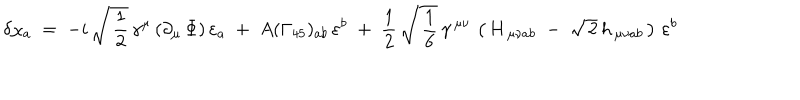
\delta \chi _ { a } \; = \; - i \, \sqrt { \, \frac { 1 } { 2 } } \, \gamma ^ { \mu } \, ( \partial _ { \mu } \, \Phi ) \, \varepsilon _ { a } \; + \; A ( \Gamma _ { 4 5 } ) _ { a b } \, \varepsilon ^ { b } \; + \; \frac { 1 } { 2 } \, \sqrt { \, \frac { 1 } { 6 } } \, \gamma ^ { \, \mu \nu } \, \left( \, H _ { \, \mu \nu a b } \; - \; \sqrt { \, 2 } \, h _ { \, \mu \nu a b } \, \right) \, \varepsilon ^ { b }